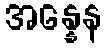
အန္နေန